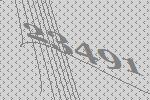
23491